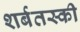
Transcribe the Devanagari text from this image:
शर्बतस्की